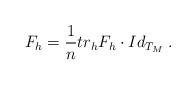
LaTeX: \begin{align*} F_h= \frac{1}{n} tr_h F_h \cdot Id_{T_M} \; . \end{align*}